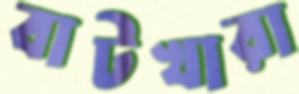
বাটখারা